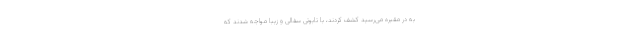
به در مقبره می‌رسید کشف کردند، با تابوتی سفالی و زیبا مواجه شدند که